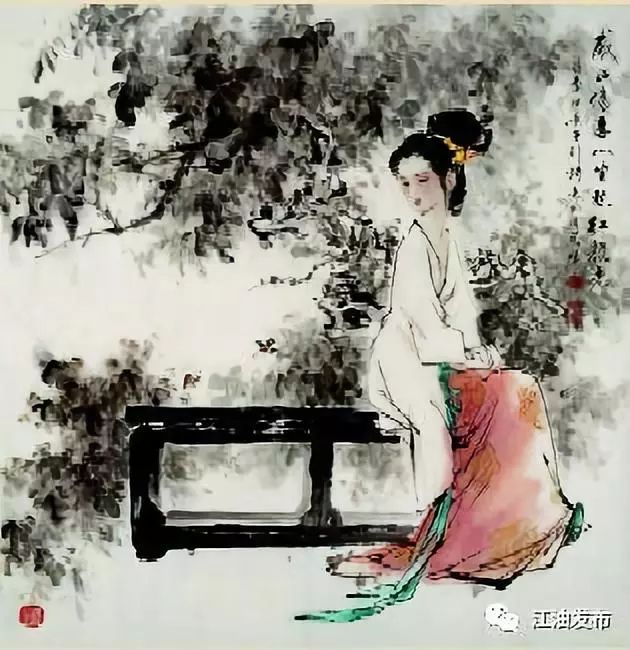
郎骑竹马来，绕床弄青梅。